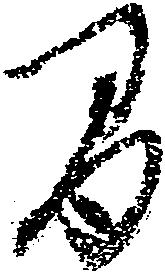
間